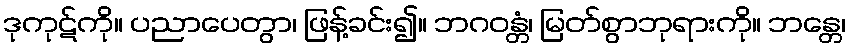
ဒုကုဋ်ကို။ ပညာပေတွာ၊ ဖြန့်ခင်း၍။ ဘဂဝန္တံ၊ မြတ်စွာဘုရားကို။ ဘန္တေ၊